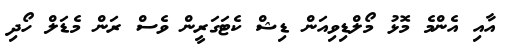
އާއި އެންމެ މޮޅު މޯލްޑިވިއަން ޑިޝް ކެޓަގަރީން ވެސް ރަން މެޑަލް ހޯދި